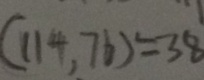
( 1 1 4 , 7 6 ) = 3 8